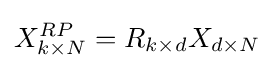
X_{k\times N}^{RP}=R_{k\times d}X_{d\times N}